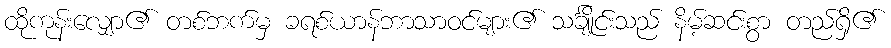
ထိုကုန်းလျှော၏ တစ်ဘက်မှ ခရစ်ယာန်ဘာသာဝင်များ၏ သင်္ချိုင်းသည် နိမ့်ဆင်းစွာ တည်ရှိ၏